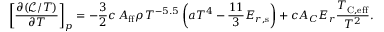
\left[ \frac { \partial ( \mathcal { L } / T ) } { \partial T } \right] _ { p } = - \frac { 3 } { 2 } c \, A _ { \mathrm { f f } } \rho \, T ^ { - 5 . 5 } \left( a T ^ { 4 } - \frac { 1 1 } { 3 } \ensuremath { E _ { r , \mathrm { s } } } \right) + c A _ { C } E _ { r } \frac { T _ { \mathrm { C , e f f } } } { T ^ { 2 } } .